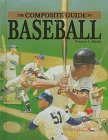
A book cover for The Composite Guide to Baseball; Norman L. Macht; Teen & Young Adult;